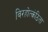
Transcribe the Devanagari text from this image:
विरहोत्कंठिता